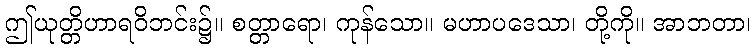
ဤယုတ္တိဟာရဝိဘင်း၌။ စတ္တာရော၊ ကုန်သော။ မဟာပဒေသာ၊ တို့ကို။ အာဘတာ၊